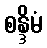
စန္ဒိမံ